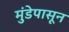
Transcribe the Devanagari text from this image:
मुंडेपासून